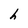
Character: h